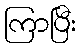
ကြာပြီး